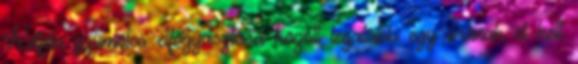
Kétféle gyümölcs elfogyasztása között legalább egy órának el kell